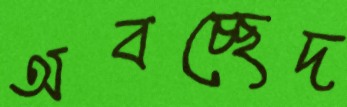
অবচ্ছেদ